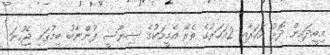
މިބީދައިން ދޮޅު އަހަރާއި 2އަހަރުގެ ތެރޭ އެމީހަކުގެ ސިޔާސީ ފުންނާބު ބިމުގައި ޖެހުނަ